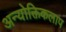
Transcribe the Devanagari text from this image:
अन्योक्तिकलाप